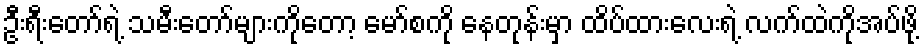
ဦးရီးတော်ရဲ့ သမီးတော်များကိုတော့ မော်စကို နေတုန်းမှာ ထိပ်ထားလေးရဲ့ လက်ထဲကိုအပ်ဖို့